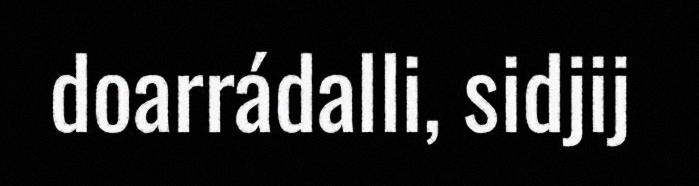
doarrádalli, sidjij